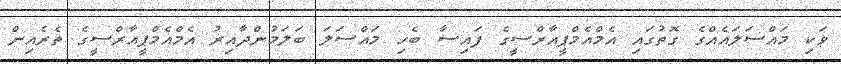
ވަކި މައްސަލައެއްގެ ގޮތުގައި އެމްއެމްޕީއާރްސީގެ ފައިސާ ބެހި މައްސަލަ ބަލަމުންދާއިރު އެމްއެމްޕީއާރްސީގެ ތެރެއިން